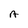
Character: A